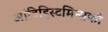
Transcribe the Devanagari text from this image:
आंटिहिस्टमिन्सकी